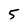
Character: 5